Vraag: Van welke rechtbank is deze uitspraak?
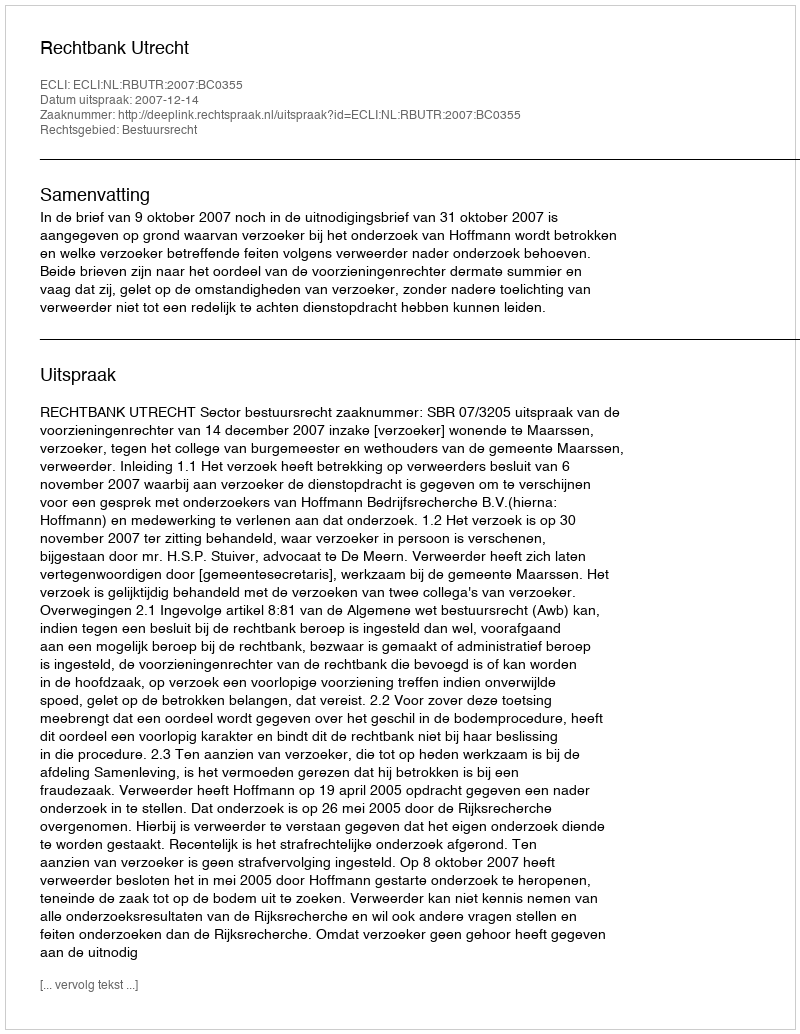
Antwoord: Rechtbank Utrecht